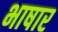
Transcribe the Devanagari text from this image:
भाषार